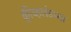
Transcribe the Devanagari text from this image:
क्लीव्हलंडच्या